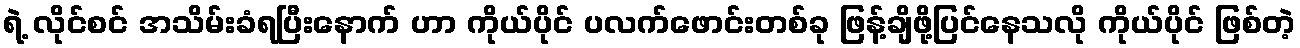
ရဲ့ လိုင်စင် အသိမ်းခံရပြီးနောက် ဟာ ကိုယ်ပိုင် ပလက်ဖောင်းတစ်ခု ဖြန့်ချိဖို့ပြင်နေသလို ကိုယ်ပိုင် ဖြစ်တဲ့